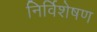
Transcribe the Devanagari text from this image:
निर्विशेषण